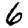
Digit: 6